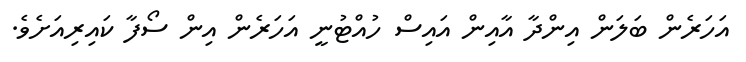
އަހަރެން ބަލަން އިންދާ އާއިން އައިސް ހުއްޓުނީ އަހަރެން އިން ސޯފާ ކައިރިއަށެވެ.